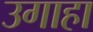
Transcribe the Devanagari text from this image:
उगाहा